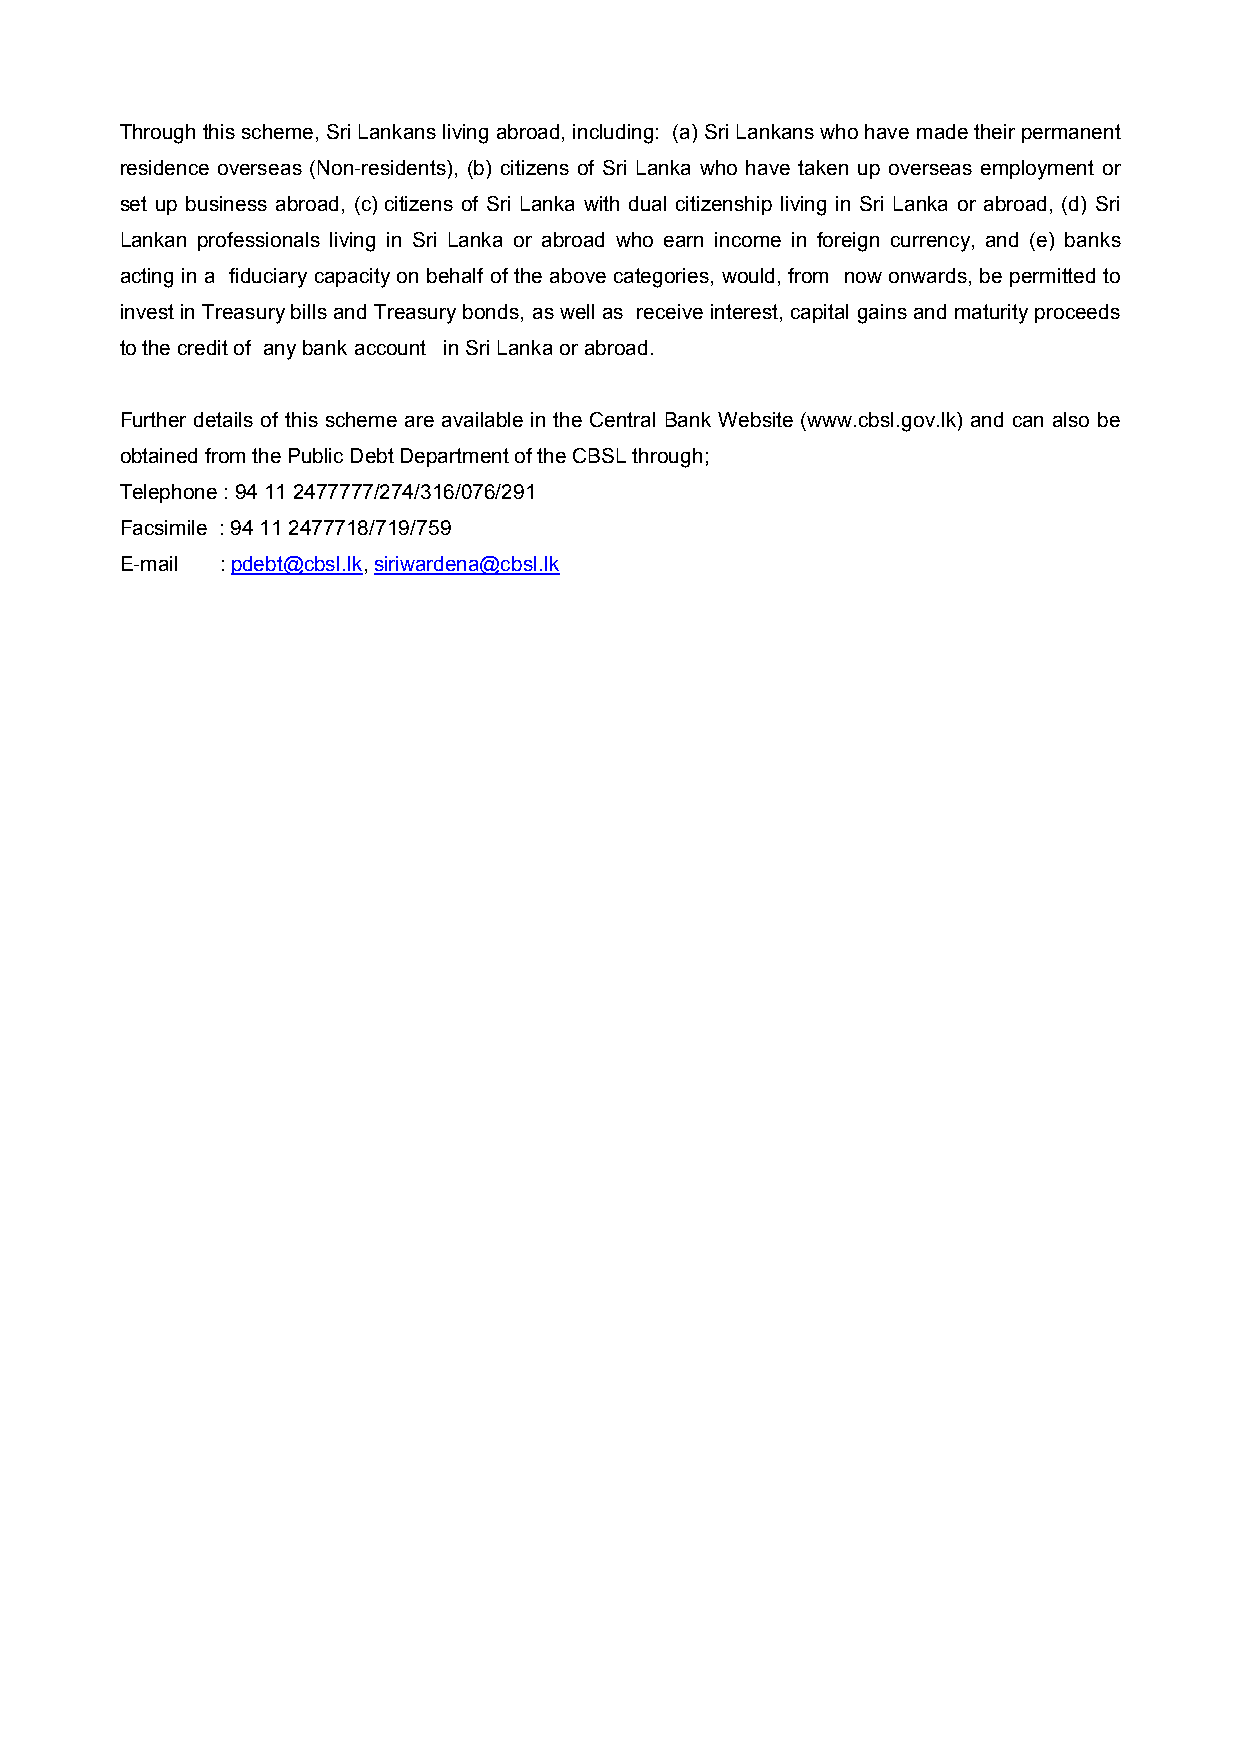
Through this scheme, Sri Lankans living abroad, including: (a) Sri Lankans who have made their permanent
 residence overseas (Non-residents), (b) citizens of Sri Lanka who have taken up overseas employment or
 set up business abroad, (c)citizens of Sri Lanka with dual citizenship living in Sri Lanka or abroad, (d) Sri
 Lankan professionals living in Sri Lanka or abroad who earn income in foreign currency, and (e) banks
 acting in a fiduciary capacity on behalf of the above categories, would, from now onwards, be permitted to
 invest in Treasury bills and Treasury bonds, as well as receive interest, capital gains and maturity proceeds
 to the credit of any bank account in Sri Lanka or abroad.
 Further details of this scheme are available in the Central Bank Website (www.cbsl.gov.lk) and can also be
 obtained from the Public Debt Department of the CBSL through;
 Telephone : 94 11 2477777/274/316/076/291
 Facsimile : 94 11 2477718/719/759
 E-mail : pdebt@cbsl.lk, siriwardena@cbsl.lk